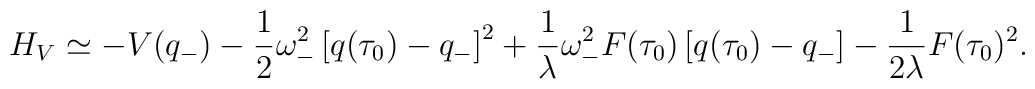
H_V \simeq  - V(q_-) - {1\over 2} \omega_-^2 \left[ q(\tau_0) - q_- \right]^2 + {1\over \lambda} \omega_-^2 F(\tau_0) \left[ q(\tau_0) - q_- \right]- {1\over 2\lambda} F(\tau_0)^2.